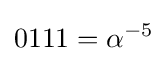
0111=\alpha ^{-5}